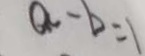
a - b = 1